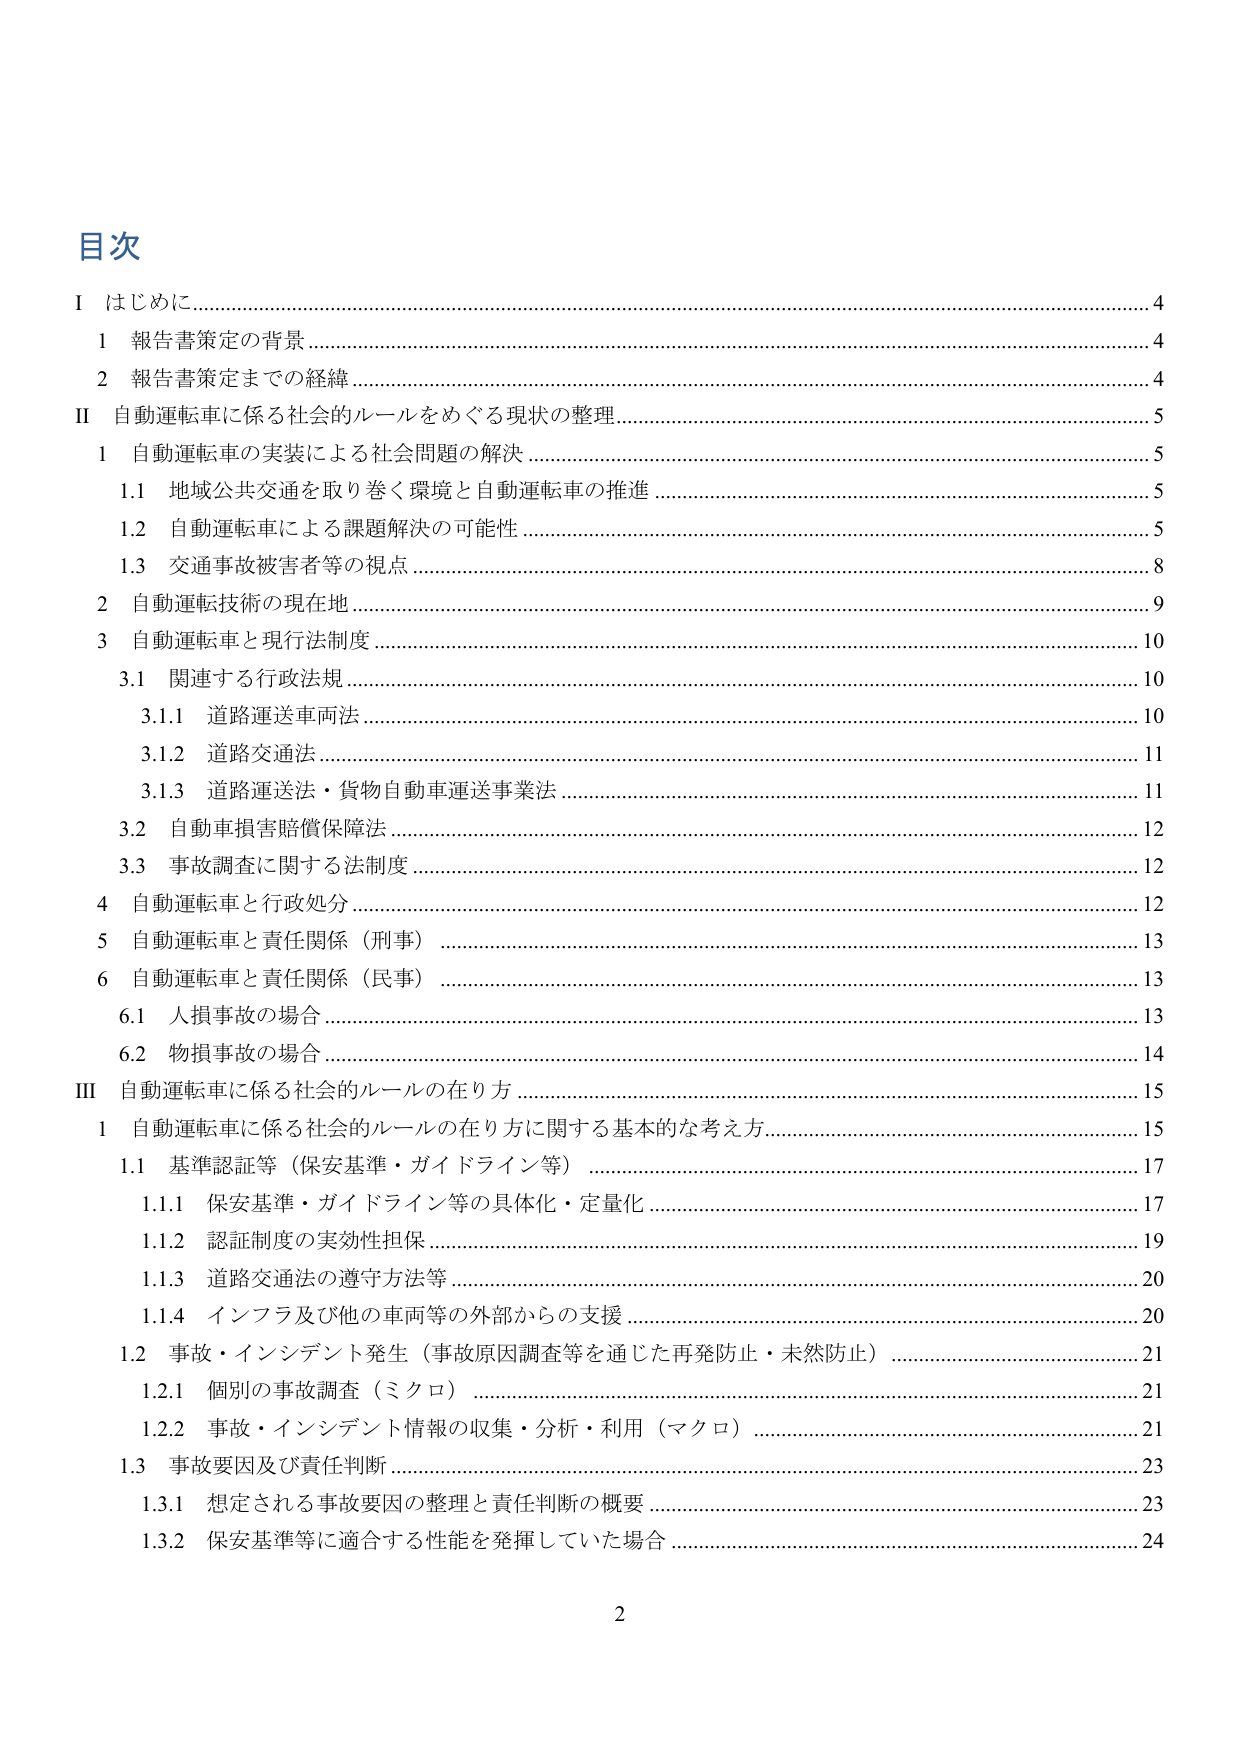
目次
I はじめに………………………………………………………………………………………………………4
　1 報告書策定の背景………………………………………………………………………………………4
　2 報告書策定までの経緯…………………………………………………………………………………4
II 自動運転車に係る社会的ルールをめぐる現状の整理………………………………………………5
　1 自動運転車の実装による社会問題の解決……………………………………………………………5
　　1.1 地域公共交通を取り巻く環境と自動運転車の推進……………………………………………5
　　1.2 自動運転車による課題解決の可能性……………………………………………………………5
　　1.3 交通事故被害者等の視点…………………………………………………………………………8
　2 自動運転技術の現在地…………………………………………………………………………………9
　3 自動運転車と現行法制度……………………………………………………………………………10
　　3.1 関連する行政法規…………………………………………………………………………………10
　　　3.1.1 道路運送車両法……………………………………………………………………………10
　　　3.1.2 道路交通法…………………………………………………………………………………11
　　　3.1.3 道路運送法・貨物自動車運送事業法……………………………………………………11
　　3.2 自動車損害賠償保障法…………………………………………………………………………12
　　3.3 事故調査に関する法制度…………………………………………………………………………12
　4 自動運転車と行政処分………………………………………………………………………………12
　5 自動運転車と責任関係（刑事）……………………………………………………………………13
　6 自動運転車と責任関係（民事）……………………………………………………………………13
　　6.1 人損事故の場合…………………………………………………………………………………13
　　6.2 物損事故の場合…………………………………………………………………………………14
III 自動運転車に係る社会的ルールの在り方…………………………………………………………15
　1 自動運転車に係る社会的ルールの在り方に関する基本的な考え方……………………………15
　　1.1 基準認証等（保安基準・ガイドライン等）……………………………………………………17
　　　1.1.1 保安基準・ガイドライン等の具体化・定量化……………………………………………17
　　　1.1.2 認証制度の実効性担保……………………………………………………………………19
　　　1.1.3 道路交通法の遵守方法等…………………………………………………………………20
　　　1.1.4 インフラ及び他の車両等の外部からの支援………………………………………………20
　　1.2 事故・インシデント発生（事故原因調査等を通じた再発防止・未然防止）………………21
　　　1.2.1 個別の事故調査（ミクロ）………………………………………………………………21
　　　1.2.2 事故・インシデント情報の収集・分析・利用（マクロ）………………………………21
　　1.3 事故要因及び責任判断…………………………………………………………………………23
　　　1.3.1 想定される事故要因の整理と責任判断の概要……………………………………………23
　　　1.3.2 保安基準等に適合する性能を発揮していた場合…………………………………………24
2